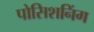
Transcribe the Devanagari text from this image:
पोसिशनिंग